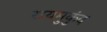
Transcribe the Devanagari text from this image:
रायमुकुंद